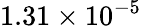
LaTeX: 1.31\times 10^{-5}